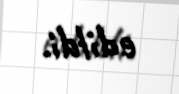
edildi.